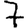
Digit: 7